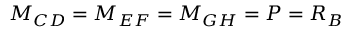
M _ { C D } = M _ { E F } = M _ { G H } = P = R _ { B }